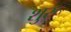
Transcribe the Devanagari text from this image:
शुरू